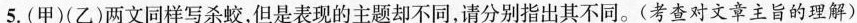
5.(甲)(乙)两文同样写杀蛟，但是表现的主题却不同，请分别指出其不同。(考查对文章主旨的理解)